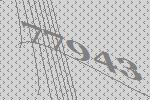
77943